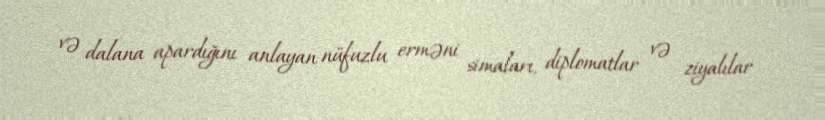
və dalana apardığını anlayan nüfuzlu erməni simaları, diplomatlar və ziyalılar